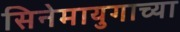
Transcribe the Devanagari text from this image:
सिनेमायुगाच्या